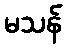
မသန်